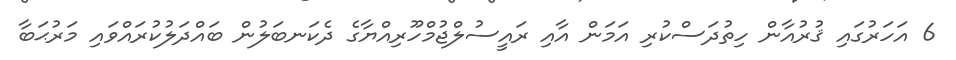
6 އަހަރުގައި ޤުރުއާން ހިތުދަސްކުރި އަމަން އާއި ރައީސުލްޖުމްހޫރިއްޔާގެ ދެކަނބަލުން ބައްދަލުކުރައްވައި މަރުޙަބާ